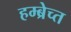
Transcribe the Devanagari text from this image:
हम्ब्रेच्त